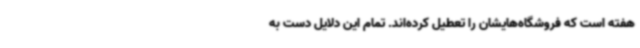
هفته است که فروشگاه‌هایشان را تعطیل کرده‌اند. تمام این دلایل دست به